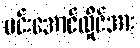
မင်းအောင်လှိုင်အား